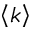
\left\langle k \right\rangle